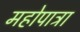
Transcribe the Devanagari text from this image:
महोपात्रा